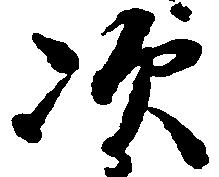
次